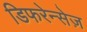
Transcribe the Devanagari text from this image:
डिफरेन्सेज़